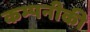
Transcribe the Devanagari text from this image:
कम्पनीकी